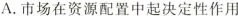
A.市场在资源配置中起决定性作用